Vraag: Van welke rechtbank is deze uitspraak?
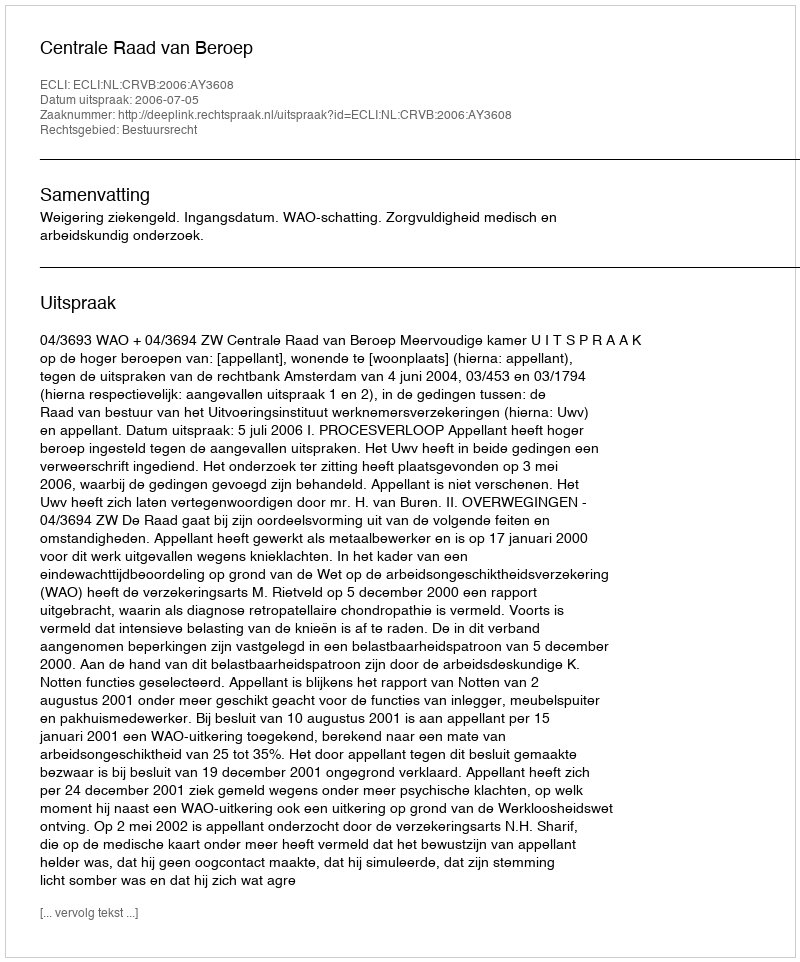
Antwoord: Centrale Raad van Beroep